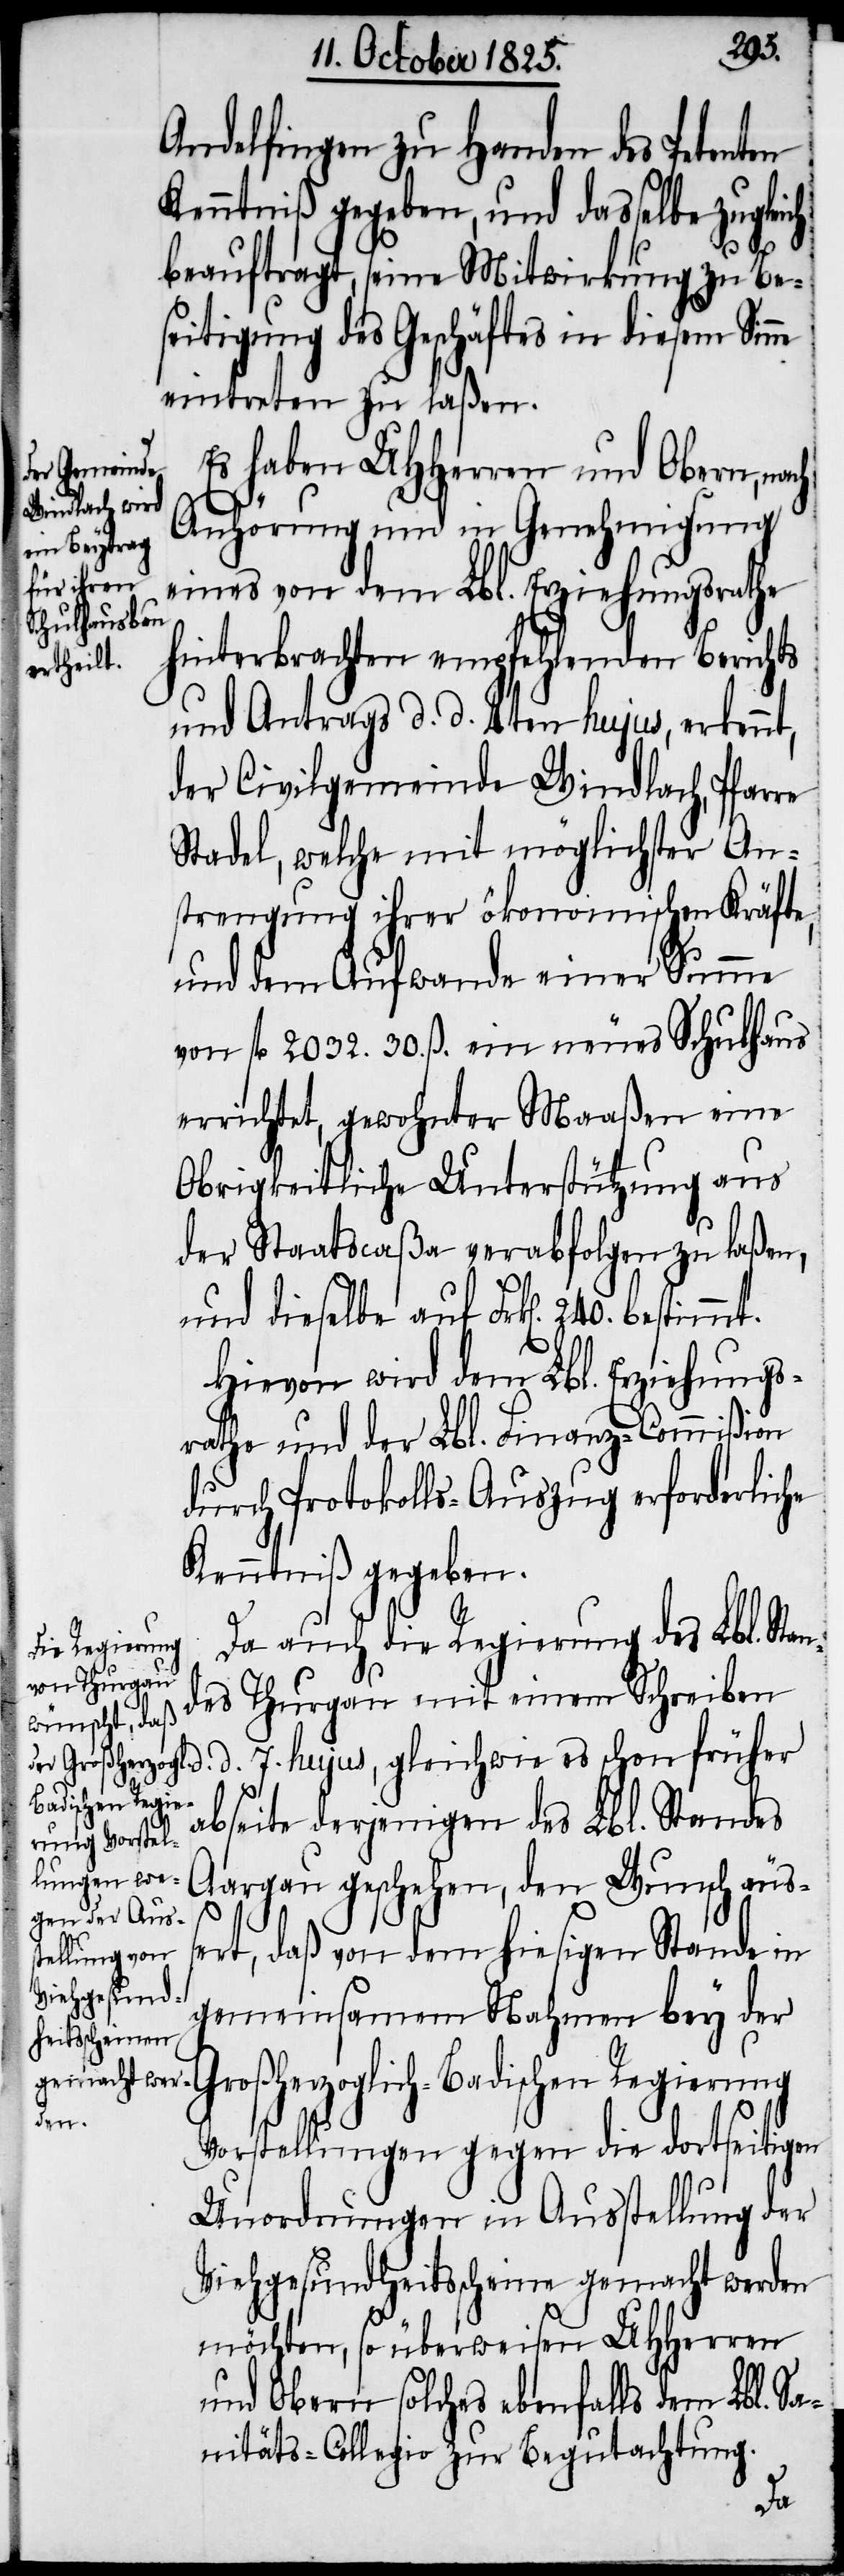
Andelfingen zu Handen des Petenten
Kenntniß gegeben, und dasselbe zuglei¬
beauftragt, seine Mitwirkung zu Be¬
seitigung des Geschäftes in diesem Sinne
eintreten zu laßen.
Es haben UHHerren und Obern, nach
d.
Anhörung und in Genehmigung
eines von dem Lbl. Erziehungsrathe
hinterbrachten empfehlenden Berichts
und Antrags d. d. 4ten hujus, erkennt,
der Civilgemeinde Windlach, Pfarre
Stadel, welche mit möglichster An¬
strengung ihrer ökonomischen Kräfte,
und dem Aufwande einer Summe
von fl 2032. 30. ß. ein neues Schulhaus
errichtet, gewohnter Maaßen eine
Obrigkeitliche Unterstützung aus
der Staatscaßa verabfolgen zu laßen,
und dieselbe auf Frk[en]. 240. bestim¬
Hievon wird dem Lbl. Erziehungs¬
rathe und der Lbl. Finanz-Commißion
durch Protokolls-Auszug erforderliche
Kenntniß gegeben.
Da auch die Regierung des Lbl. Sta¬
ndes Thurgau mit einem Schreiben
d. 7. hujus, gleichwie es schon früher
abseite derjenigen des Lbl. Standes
Aargau geschehen, den Wunsch äuß¬
ert, daß von dem hiesigen Stande in
gemeinsamem Nahmen bey der
Großherzoglich-Badischen Regierung
ch
Vorstellungen gegen die dortseitigen
Unordnungen in Ausstellung der
Viehgesundheitsscheine gemacht werden
möchten, so überweisen UHHerren
und Obern solches ebenfalls dem Lbl. Sa¬
nitäts-Collegio zur Begutachtung.